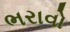
ભરાવો